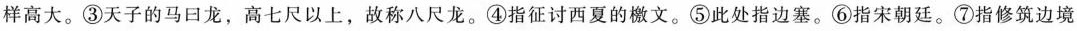
样高大。③天子的马日龙，高七尺以上，故称八尺龙。④指征讨西夏的檄文。⑤此处指边塞。⑥指宋朝廷。⑦指修筑边境